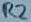
Text: R2